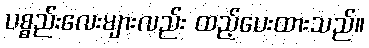
ပစ္စည်းလေးများလည်း ထည့်ပေးထားသည်။